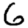
Digit: 6